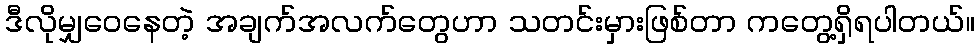
ဒီလိုမျှဝေနေတဲ့ အချက်အလက်တွေဟာ သတင်းမှားဖြစ်တာ ကတွေ့ရှိရပါတယ်။